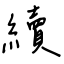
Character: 續